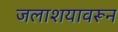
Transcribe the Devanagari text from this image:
जलाशयावरून